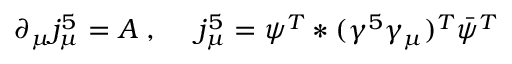
\partial _ { \mu } j _ { \mu } ^ { 5 } = { \cal A } \; , \; \; \; \; \; j _ { \mu } ^ { 5 } = \psi ^ { T } * ( \gamma ^ { 5 } \gamma _ { \mu } ) ^ { T } { \bar { \psi } } ^ { T }